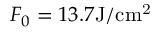
F _ { 0 } = 1 3 . 7 \mathrm { J / c m ^ { 2 } }